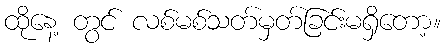
ထိုနေ့ တွင် လစ်မစ်သတ်မှတ်ခြင်းမရှိတော့။